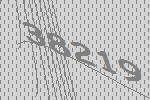
38219